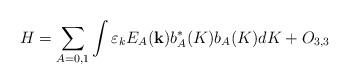
LaTeX: \begin{align*}H=\sum_{A=0,1}^{{}}\int \varepsilon _{k}E_{A}({\bf k})b_{A}^{\ast}(K)b_{A}(K)dK+O_{3,3} \end{align*}